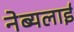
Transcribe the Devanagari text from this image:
नेब्यलाई